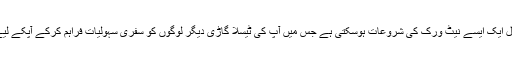
ٹیسلا کا کہنا ہے کہ آئندہ سال ایک ایسے نیٹ ورک کی شروعات ہوسکتی ہے جس میں آپ کی ٹیسلا گاڑی دیگر لوگوں کو سفری سہولیات فراہم کرکے آپکے لیے پیسے بھی کما سکے گی۔